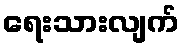
ရေးသားလျက်